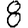
Digit: 8